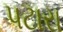
પટારા